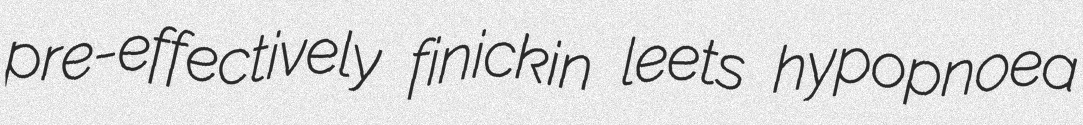
pre-effectively finickin leets hypopnoea